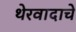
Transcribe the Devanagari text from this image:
थेरवादाचे